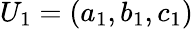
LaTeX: U_{1}=(a_{1},b_{1},c_{1})